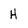
Character: H